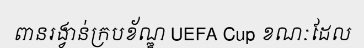
ពានរង្វាន់ក្របខ័ណ្ឌ UEFA Cup ខណៈដែល